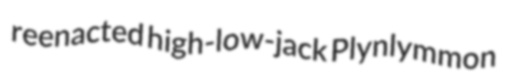
reenacted high-low-jack Plynlymmon